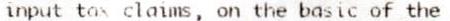
INPUT TAX CLAIMS, ON THE BASIC OF THE